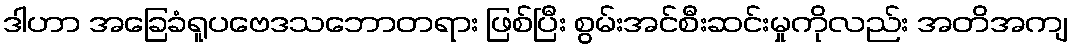
ဒါဟာ အခြေခံရူပဗေဒသဘောတရား ဖြစ်ပြီး စွမ်းအင်စီးဆင်းမှုကိုလည်း အတိအကျ